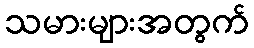
သမားများအတွက်